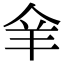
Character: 𦍐